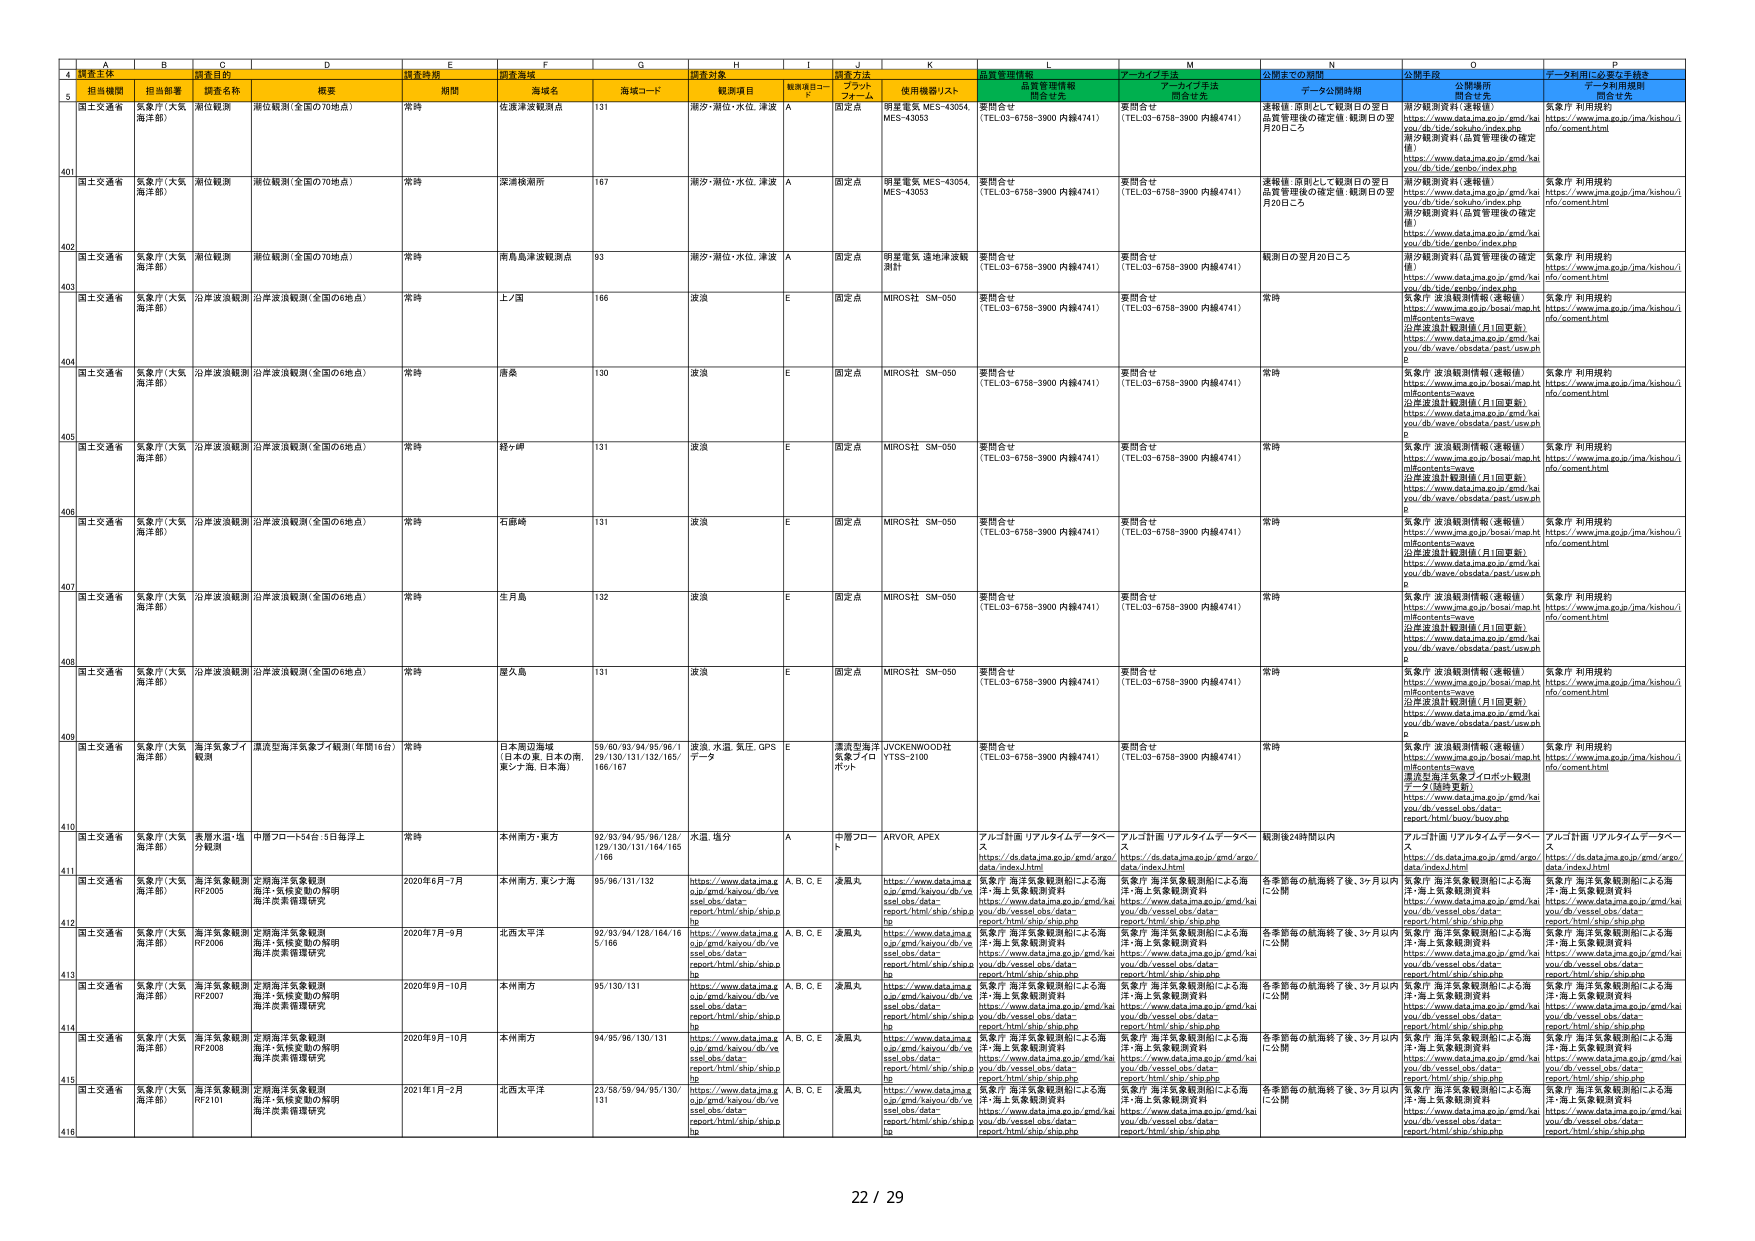
A
B
C
D
E
F
G
H
I
J
K
L
M
N
O
P
4
調査主体
調査目的
調査時期
調査海域
調査対象
調査方法
品質管理情報
アーカイブ手法
公開までの期間
公開手段
データ利用に必要な手続き
5
担当機関
担当部署
調査名称
概要
期間
海域名
海域コード
観測項目
観測項目コード
プラットフォーム
使用機器/リスト
関合先
関合先
データ公開時期
公開場所
データ利用規約
401
国土交通省
気象庁（大気海洋部）
潮位観測
潮位観測（全国の70地点）
常時
佐津津波観測点
131
潮汐・潮位・水位、津波
A
固定点
明電電気 MES-43054 MES-43053
要問合せ
（TEL.03-6758-3900 内線4741）
要問合せ
（TEL.03-6758-3900 内線4741）
速報値・原則として観測日の翌日品質管理後の確定値・観測日の翌月20日ごろ
潮汐観測資料（速報値）
https://www.data.jma.go.jp/gmd/kaiyou/db/tide/epd/epd_index.php
潮汐観測資料（品質管理後の確定値）
https://www.data.jma.go.jp/gmd/kaiyou/db/tide/genbo/index.php
気象庁 利用規約
https://www.jma.go.jp/jma/kishou/info/comment.html
402
国土交通省
気象庁（大気海洋部）
潮位観測
潮位観測（全国の70地点）
常時
深浦検潮所
167
潮汐・潮位・水位、津波
A
固定点
明電電気 MES-43054 MES-43053
要問合せ
（TEL.03-6758-3900 内線4741）
要問合せ
（TEL.03-6758-3900 内線4741）
速報値・原則として観測日の翌日品質管理後の確定値・観測日の翌月20日ごろ
潮汐観測資料（速報値）
https://www.data.jma.go.jp/gmd/kaiyou/db/tide/epd/epd_index.php
潮汐観測資料（品質管理後の確定値）
https://www.data.jma.go.jp/gmd/kaiyou/db/tide/genbo/index.php
気象庁 利用規約
https://www.jma.go.jp/jma/kishou/info/comment.html
403
国土交通省
気象庁（大気海洋部）
潮位観測
潮位観測（全国の70地点）
常時
南島島津波観測点
93
潮汐・潮位・水位、津波
A
固定点
明電電気 速報津波観測計
要問合せ
（TEL.03-6758-3900 内線4741）
要問合せ
（TEL.03-6758-3900 内線4741）
観測日の翌月20日ごろ
潮汐観測資料（品質管理後の確定値）
https://www.data.jma.go.jp/gmd/kaiyou/db/tide/genbo/index.php
気象庁 利用規約
https://www.jma.go.jp/jma/kishou/info/comment.html
404
国土交通省
気象庁（大気海洋部）
沿岸波浪観測
沿岸波浪観測（全国の6地点）
常時
上ノ国
166
波浪
E
固定点
MIROS社 SM-050
要問合せ
（TEL.03-6758-3900 内線4741）
要問合せ
（TEL.03-6758-3900 内線4741）
常時
気象庁 波浪観測情報（速報値）
https://www.jma.go.jp/bosai/map.html#contents=wave
沿岸波浪計観測値（月1回更新）
https://www.data.jma.go.jp/gmd/kaiyou/db/wave/obsdata/past/view.php
気象庁 利用規約
https://www.jma.go.jp/jma/kishou/info/comment.html
405
国土交通省
気象庁（大気海洋部）
沿岸波浪観測
沿岸波浪観測（全国の6地点）
常時
唐桑
130
波浪
E
固定点
MIROS社 SM-050
要問合せ
（TEL.03-6758-3900 内線4741）
要問合せ
（TEL.03-6758-3900 内線4741）
常時
気象庁 波浪観測情報（速報値）
https://www.jma.go.jp/bosai/map.html#contents=wave
沿岸波浪計観測値（月1回更新）
https://www.data.jma.go.jp/gmd/kaiyou/db/wave/obsdata/past/view.php
気象庁 利用規約
https://www.jma.go.jp/jma/kishou/info/comment.html
406
国土交通省
気象庁（大気海洋部）
沿岸波浪観測
沿岸波浪観測（全国の6地点）
常時
銭ヶ崎
131
波浪
E
固定点
MIROS社 SM-050
要問合せ
（TEL.03-6758-3900 内線4741）
要問合せ
（TEL.03-6758-3900 内線4741）
常時
気象庁 波浪観測情報（速報値）
https://www.jma.go.jp/bosai/map.html#contents=wave
沿岸波浪計観測値（月1回更新）
https://www.data.jma.go.jp/gmd/kaiyou/db/wave/obsdata/past/view.php
気象庁 利用規約
https://www.jma.go.jp/jma/kishou/info/comment.html
407
国土交通省
気象庁（大気海洋部）
沿岸波浪観測
沿岸波浪観測（全国の6地点）
常時
石廊崎
131
波浪
E
固定点
MIROS社 SM-050
要問合せ
（TEL.03-6758-3900 内線4741）
要問合せ
（TEL.03-6758-3900 内線4741）
常時
気象庁 波浪観測情報（速報値）
https://www.jma.go.jp/bosai/map.html#contents=wave
沿岸波浪計観測値（月1回更新）
https://www.data.jma.go.jp/gmd/kaiyou/db/wave/obsdata/past/view.php
気象庁 利用規約
https://www.jma.go.jp/jma/kishou/info/comment.html
408
国土交通省
気象庁（大気海洋部）
沿岸波浪観測
沿岸波浪観測（全国の6地点）
常時
生月島
132
波浪
E
固定点
MIROS社 SM-050
要問合せ
（TEL.03-6758-3900 内線4741）
要問合せ
（TEL.03-6758-3900 内線4741）
常時
気象庁 波浪観測情報（速報値）
https://www.jma.go.jp/bosai/map.html#contents=wave
沿岸波浪計観測値（月1回更新）
https://www.data.jma.go.jp/gmd/kaiyou/db/wave/obsdata/past/view.php
気象庁 利用規約
https://www.jma.go.jp/jma/kishou/info/comment.html
409
国土交通省
気象庁（大気海洋部）
海洋気象フィールド観測
漂流型海洋気象フィールド観測（年間18台）
常時
日本是辺海域（日本の東、日本の南、東シナ海、日本海）
59/60/93/94/95/96/129/130/131/132/165/166/167
波浪、水温、気圧、GPS データ
E
漂流型海洋気象フィールドポット
JYCKENWOOD社 YTSS-2100
要問合せ
（TEL.03-6758-3900 内線4741）
要問合せ
（TEL.03-6758-3900 内線4741）
常時
気象庁 波浪観測情報（速報値）
https://www.jma.go.jp/bosai/map.html#contents=wave
漂流型海洋気象フィールド観測データ（随時更新）
https://www.data.jma.go.jp/gmd/kaiyou/db/vessel.obs/data-report/html/buoy/buoy.php
気象庁 利用規約
https://www.jma.go.jp/jma/kishou/info/comment.html
410
国土交通省
気象庁（大気海洋部）
表層水温・塩分観測
中層フロート54台・5日毎浮上
常時
本州南方・東方
92/93/94/95/96/128/129/130/131/164/165 /166
水温、塩分
A
中層フロート
ARVOR APEX
アルゴ計画 リアルタイムデータベース
https://ds.data.jma.go.jp/gmd/argo/data/index.html
アルゴ計画 リアルタイムデータベース
https://ds.data.jma.go.jp/gmd/argo/data/index.html
観測後24時間以内
アルゴ計画 リアルタイムデータベース
https://ds.data.jma.go.jp/gmd/argo/data/index.html
411
国土交通省
気象庁（大気海洋部）
海洋気象観測 RF2003
定期海洋気象観測 海洋・気候変動の解明 海洋気象循環研究
2020年6月～7月
本州南方、東シナ海
95/96/131/132
https://www.data.jma.go.jp/gmd/kaiyou/db/vessel.obs/data-report/html/ship/ship.php
A, B, C, E
凌風丸
https://www.data.jma.go.jp/gmd/kaiyou/db/vessel.obs/data-report/html/ship/ship.php
気象庁 海洋気象観測船による海洋・海上気象観測資料
https://www.data.jma.go.jp/gmd/kaiyou/db/vessel.obs/data-report/html/ship/ship.php
気象庁 海洋気象観測船による海洋・海上気象観測資料
https://www.data.jma.go.jp/gmd/kaiyou/db/vessel.obs/data-report/html/ship/ship.php
各季節毎の航海終了後、3ヶ月以内に公開
気象庁 海洋気象観測船による海洋・海上気象観測資料
https://www.data.jma.go.jp/gmd/kaiyou/db/vessel.obs/data-report/html/ship/ship.php
気象庁 海洋気象観測船による海洋・海上気象観測資料
https://www.data.jma.go.jp/gmd/kaiyou/db/vessel.obs/data-report/html/ship/ship.php
412
国土交通省
気象庁（大気海洋部）
海洋気象観測 RF2006
定期海洋気象観測 海洋・気候変動の解明 海洋気象循環研究
2020年7月～9月
北西太平洋
92/93/94/128/164/16 5/166
https://www.data.jma.go.jp/gmd/kaiyou/db/vessel.obs/data-report/html/ship/ship.php
A, B, C, E
凌風丸
https://www.data.jma.go.jp/gmd/kaiyou/db/vessel.obs/data-report/html/ship/ship.php
気象庁 海洋気象観測船による海洋・海上気象観測資料
https://www.data.jma.go.jp/gmd/kaiyou/db/vessel.obs/data-report/html/ship/ship.php
気象庁 海洋気象観測船による海洋・海上気象観測資料
https://www.data.jma.go.jp/gmd/kaiyou/db/vessel.obs/data-report/html/ship/ship.php
各季節毎の航海終了後、3ヶ月以内に公開
気象庁 海洋気象観測船による海洋・海上気象観測資料
https://www.data.jma.go.jp/gmd/kaiyou/db/vessel.obs/data-report/html/ship/ship.php
気象庁 海洋気象観測船による海洋・海上気象観測資料
https://www.data.jma.go.jp/gmd/kaiyou/db/vessel.obs/data-report/html/ship/ship.php
413
国土交通省
気象庁（大気海洋部）
海洋気象観測 RF2007
定期海洋気象観測 海洋・気候変動の解明 海洋気象循環研究
2020年9月～10月
本州南方
95/130/131
https://www.data.jma.go.jp/gmd/kaiyou/db/vessel.obs/data-report/html/ship/ship.php
A, B, C, E
凌風丸
https://www.data.jma.go.jp/gmd/kaiyou/db/vessel.obs/data-report/html/ship/ship.php
気象庁 海洋気象観測船による海洋・海上気象観測資料
https://www.data.jma.go.jp/gmd/kaiyou/db/vessel.obs/data-report/html/ship/ship.php
気象庁 海洋気象観測船による海洋・海上気象観測資料
https://www.data.jma.go.jp/gmd/kaiyou/db/vessel.obs/data-report/html/ship/ship.php
各季節毎の航海終了後、3ヶ月以内に公開
気象庁 海洋気象観測船による海洋・海上気象観測資料
https://www.data.jma.go.jp/gmd/kaiyou/db/vessel.obs/data-report/html/ship/ship.php
気象庁 海洋気象観測船による海洋・海上気象観測資料
https://www.data.jma.go.jp/gmd/kaiyou/db/vessel.obs/data-report/html/ship/ship.php
414
国土交通省
気象庁（大気海洋部）
海洋気象観測 RF2009
定期海洋気象観測 海洋・気候変動の解明 海洋気象循環研究
2020年9月～10月
本州南方
94/95/96/130/131
https://www.data.jma.go.jp/gmd/kaiyou/db/vessel.obs/data-report/html/ship/ship.php
A, B, C, E
凌風丸
https://www.data.jma.go.jp/gmd/kaiyou/db/vessel.obs/data-report/html/ship/ship.php
気象庁 海洋気象観測船による海洋・海上気象観測資料
https://www.data.jma.go.jp/gmd/kaiyou/db/vessel.obs/data-report/html/ship/ship.php
気象庁 海洋気象観測船による海洋・海上気象観測資料
https://www.data.jma.go.jp/gmd/kaiyou/db/vessel.obs/data-report/html/ship/ship.php
各季節毎の航海終了後、3ヶ月以内に公開
気象庁 海洋気象観測船による海洋・海上気象観測資料
https://www.data.jma.go.jp/gmd/kaiyou/db/vessel.obs/data-report/html/ship/ship.php
気象庁 海洋気象観測船による海洋・海上気象観測資料
https://www.data.jma.go.jp/gmd/kaiyou/db/vessel.obs/data-report/html/ship/ship.php
415
国土交通省
気象庁（大気海洋部）
海洋気象観測 RF2101
定期海洋気象観測 海洋・気候変動の解明 海洋気象循環研究
2021年1月～2月
北西太平洋
23/58/59/94/95/130/ 131
https://www.data.jma.go.jp/gmd/kaiyou/db/vessel.obs/data-report/html/ship/ship.php
A, B, C, E
凌風丸
https://www.data.jma.go.jp/gmd/kaiyou/db/vessel.obs/data-report/html/ship/ship.php
気象庁 海洋気象観測船による海洋・海上気象観測資料
https://www.data.jma.go.jp/gmd/kaiyou/db/vessel.obs/data-report/html/ship/ship.php
気象庁 海洋気象観測船による海洋・海上気象観測資料
https://www.data.jma.go.jp/gmd/kaiyou/db/vessel.obs/data-report/html/ship/ship.php
各季節毎の航海終了後、3ヶ月以内に公開
気象庁 海洋気象観測船による海洋・海上気象観測資料
https://www.data.jma.go.jp/gmd/kaiyou/db/vessel.obs/data-report/html/ship/ship.php
気象庁 海洋気象観測船による海洋・海上気象観測資料
https://www.data.jma.go.jp/gmd/kaiyou/db/vessel.obs/data-report/html/ship/ship.php
416
22 / 29